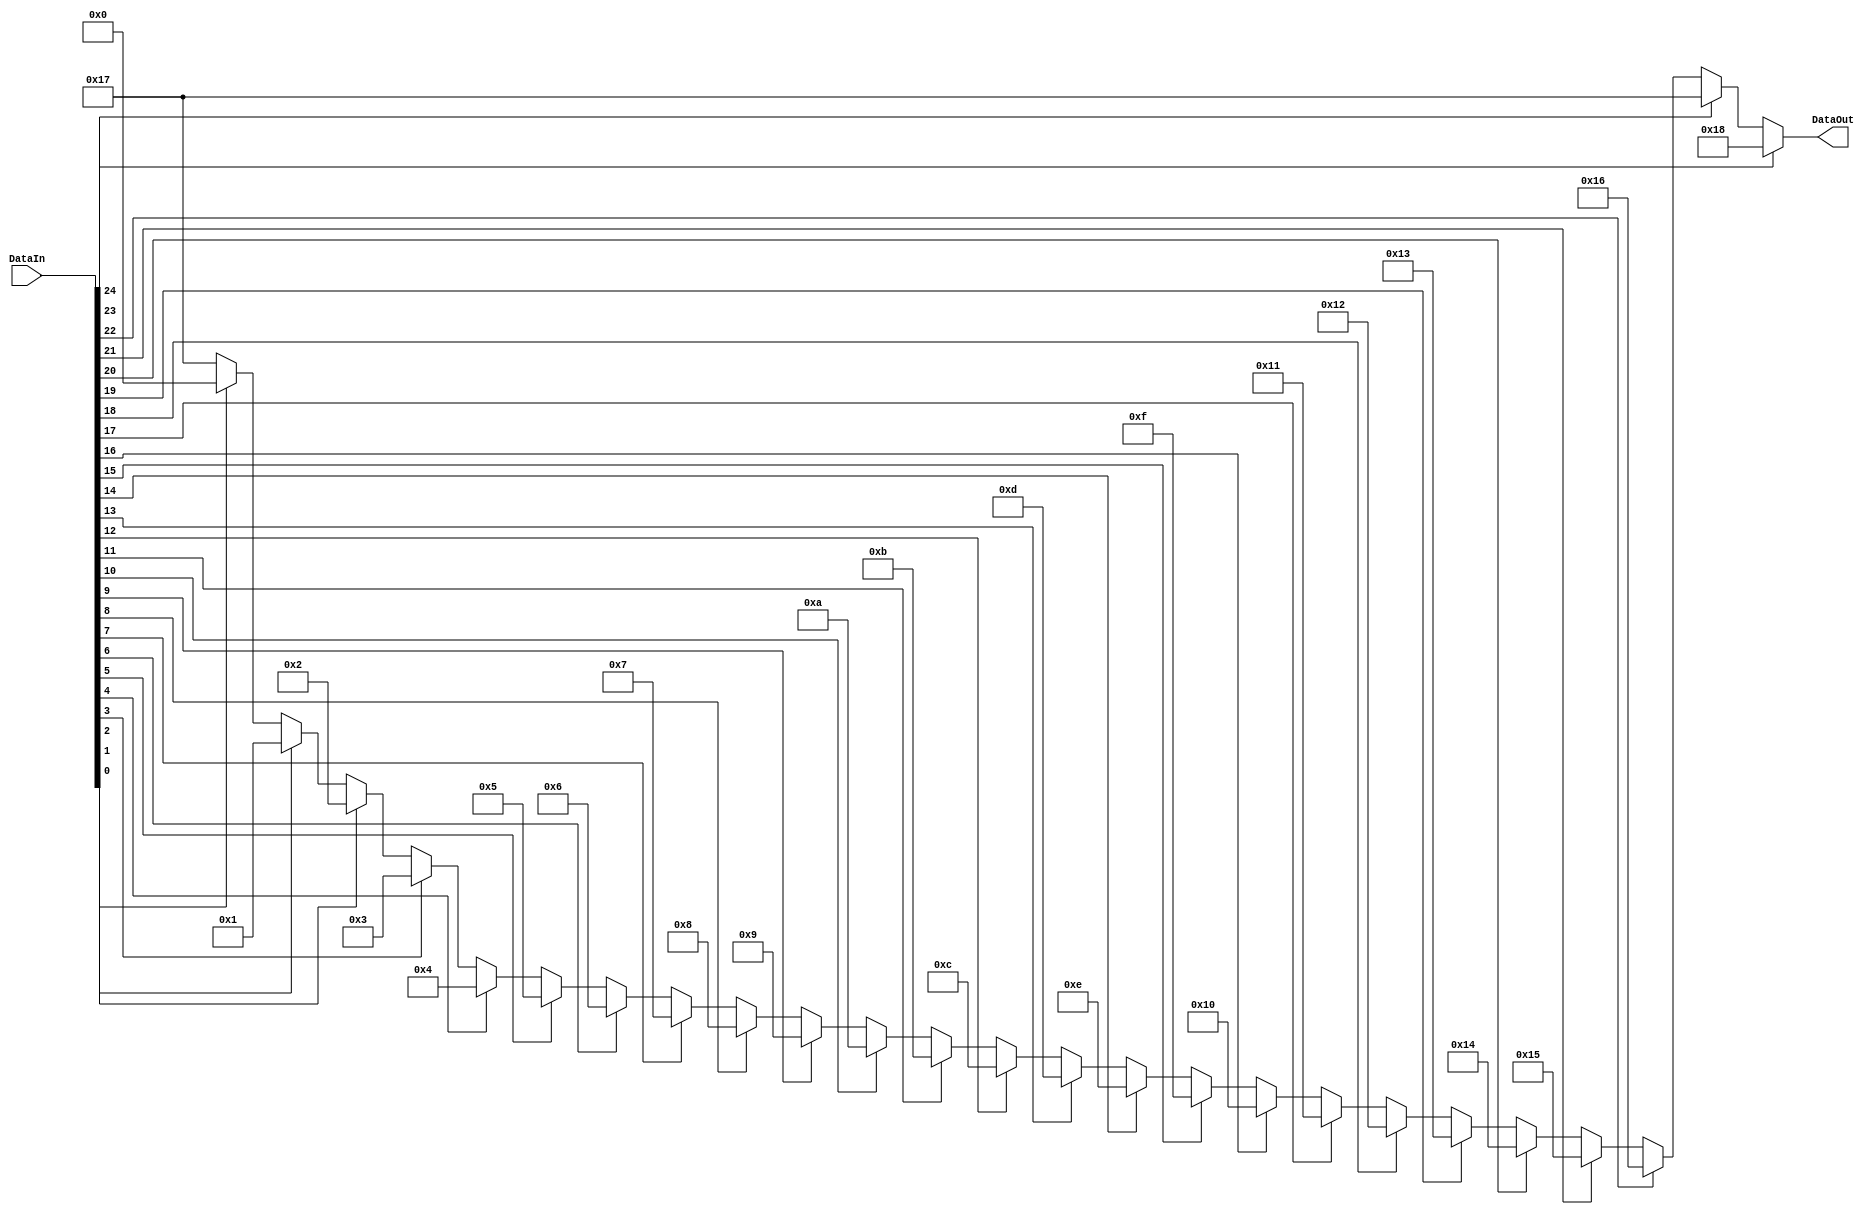
// -----------------------------Details----------------------------------- // 
// Version     : 1.0
// Description : find the MSB(1) 
// -----------------------------History----------------------------------- //
// Date      BY          Version  Change Description
//
// 20200127  flyjancy   1.0      Initial Release.    
// ----------------------------------------------------------------------- //

module priority_encoder (
    input     [24 : 0]     DataIn,
    output    [4 : 0]      DataOut
);

assign        DataOut     =     DataIn[24] ? 5'd24 : (
                                DataIn[23] ? 5'd23 : (
                                DataIn[22] ? 5'd22 : (
                                DataIn[21] ? 5'd21 : (
                                DataIn[20] ? 5'd20 : (
                                DataIn[19] ? 5'd19 : (
                                DataIn[18] ? 5'd18 : (
                                DataIn[17] ? 5'd17 : (
                                DataIn[16] ? 5'd16 : (
                                DataIn[15] ? 5'd15 : (
                                DataIn[14] ? 5'd14 : (
                                DataIn[13] ? 5'd13 : (
                                DataIn[12] ? 5'd12 : (
                                DataIn[11] ? 5'd11 : (
                                DataIn[10] ? 5'd10 : (
                                DataIn[9]  ? 5'd9  : (
                                DataIn[8]  ? 5'd8  : (
                                DataIn[7]  ? 5'd7  : (
                                DataIn[6]  ? 5'd6  : (
                                DataIn[5]  ? 5'd5  : (
                                DataIn[4]  ? 5'd4  : (
                                DataIn[3]  ? 5'd3  : (
                                DataIn[2]  ? 5'd2  : (
                                DataIn[1]  ? 5'd1  : (
                                DataIn[0]  ? 5'd0  : 5'd23 ))))))))))))))))))))))));

endmodule